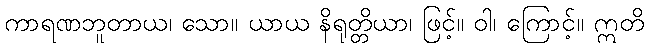
ကာရဏဘူတာယ၊ သော။ ယာယ နိရုတ္တိယာ၊ ဖြင့်။ ဝါ၊ ကြောင့်။ ဣတိ